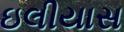
ઇલીયાસ